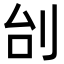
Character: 刣